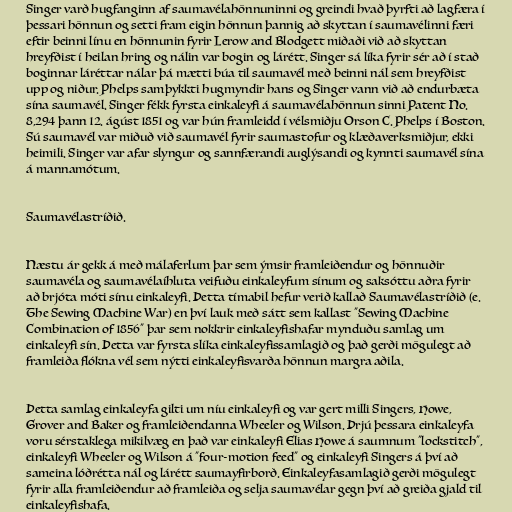
Singer varð hugfanginn af saumavélahönnuninni og greindi hvað þyrfti að lagfæra í
þessari hönnun og setti fram eigin hönnun þannig að skyttan í saumavélinni færi
eftir beinni línu en hönnunin fyrir Lerow and Blodgett miðaði við að skyttan
hreyfðist í heilan hring og nálin var bogin og lárétt. Singer sá líka fyrir sér að í stað
boginnar láréttar nálar þá mætti búa til saumavél með beinni nál sem hreyfðist
upp og niður. Phelps samþykkti hugmyndir hans og Singer vann við að endurbæta
sína saumavél. Singer fékk fyrsta einkaleyfi á saumavélahönnun sinni Patent No.
8,294 þann 12. ágúst 1851 og var hún framleidd í vélsmiðju Orson C. Phelps í Boston.
Sú saumavél var miðuð við saumavél fyrir saumastofur og klæðaverksmiðjur, ekki
heimili. Singer var afar slyngur og sannfærandi auglýsandi og kynnti saumavél sína
á mannamótum.

Saumavélastríðið.

Næstu ár gekk á með málaferlum þar sem ýmsir framleiðendur og hönnuðir
saumavéla og saumavélaíhluta veifuðu einkaleyfum sínum og saksóttu aðra fyrir
að brjóta móti sínu einkaleyfi. Þetta tímabil hefur verið kallað Saumavélastríðið (e.
The Sewing Machine War) en því lauk með sátt sem kallast "Sewing Machine
Combination of 1856" þar sem nokkrir einkaleyfishafar mynduðu samlag um
einkaleyfi sín. Þetta var fyrsta slíka einkaleyfissamlagið og það gerði mögulegt að
framleiða flókna vél sem nýtti einkaleyfisvarða hönnun margra aðila.

Þetta samlag einkaleyfa gilti um níu einkaleyfi og var gert milli Singers, Howe,
Grover and Baker og framleiðendanna Wheeler og Wilson. Þrjú þessara einkaleyfa
voru sérstaklega mikilvæg en það var einkaleyfi Elias Howe á saumnum "lockstitch",
einkaleyfi Wheeler og Wilson á "four-motion feed" og einkaleyfi Singers á því að
sameina lóðrétta nál og lárétt saumayfirborð. Einkaleyfasamlagið gerði mögulegt
fyrir alla framleiðendur að framleiða og selja saumavélar gegn því að greiða gjald til
einkaleyfishafa.